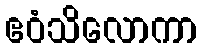
ဧဝံသိလောကာ